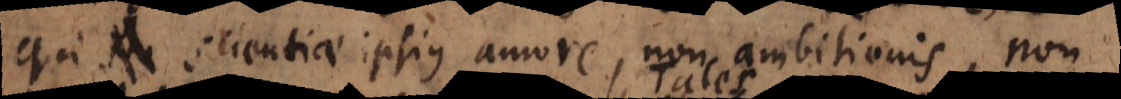
qui scientiae ipsius amore, non ambitionis, non